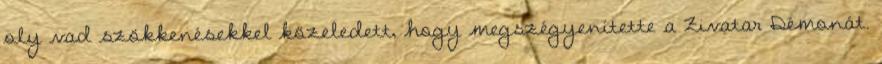
oly vad szökkenésekkel közeledett, hogy megszégyenítette a Zivatar Démonát.